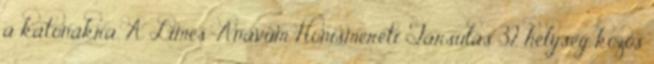
a katonákra. A Limes-Anavum Honismereti Társulás 32 helység közös